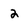
Character: 2